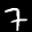
Label: 7